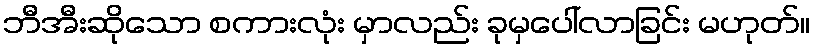
ဘီအီးဆိုသော စကားလုံး မှာလည်း ခုမှပေါ်လာခြင်း မဟုတ်။